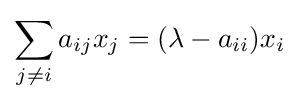
\sum _{j\neq i}a_{ij}x_{j}=(\lambda -a_{ii})x_{i}